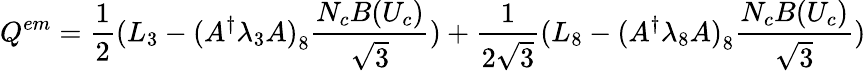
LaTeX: Q^{em}={\frac{1}{2}}(L_{3}-{(A^{\dagger}\lambda_{3}A)}_{8}{\frac{N_{c}B(U_{c})}{\sqrt{3}}})+{\frac{1}{2\sqrt{3}}}(L_{8}-{(A^{\dagger}\lambda_{8}A)}_{8}{\frac{N_{c}B(U_{c})}{\sqrt{3}}})